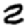
Digit: 2